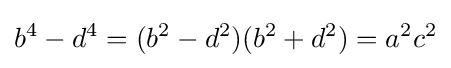
b^{4}-d^{4}=(b^{2}-d^{2})(b^{2}+d^{2})=a^{2}c^{2}